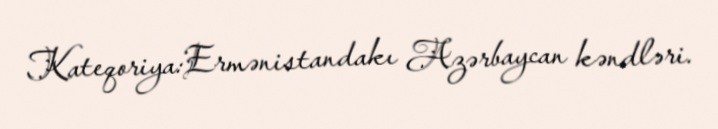
Kateqoriya:Ermənistandakı Azərbaycan kəndləri.